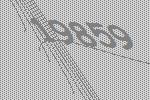
19859